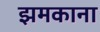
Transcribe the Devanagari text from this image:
झमकाना